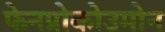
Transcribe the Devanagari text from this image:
फेनप्रोकोउमोन